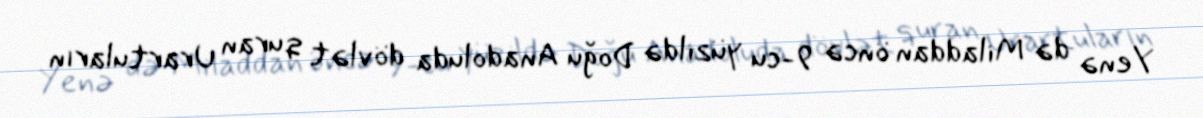
Yenə də Miladdan öncə 9-cu yüzildə Doğu Anadoluda dövlət quran Urartuların